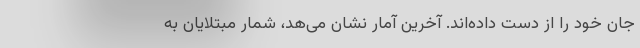
جان خود را از دست داده‌اند. آخرین آمار نشان می‌هد، شمار مبتلایان به